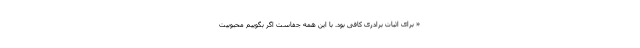
« برای اثبات برادری کافی بود. با این همه جفاست اگر بگوییم محبوبیت